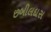
છબીલદાસ